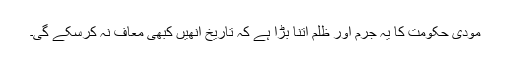
مودی حکومت کا یہ جرم اور ظلم اتنا بڑا ہے کہ تاریخ انھیں کبھی معاف نہ کرسکے گی۔